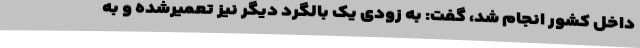
داخل کشور انجام شد، گفت: به زودی یک بالگرد دیگر نیز تعمیرشده و به